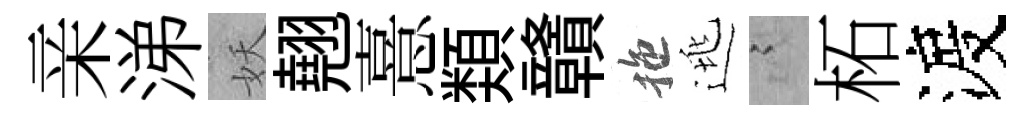
亲涕妖翹憙𩔖贛拖逃謭柘渡